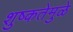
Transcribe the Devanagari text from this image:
शुष्कतेमुळे